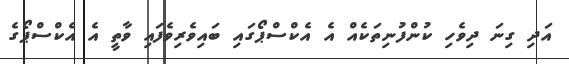
އަދި ގިނަ ދިވެހި ކުންފުނިތަކެއް އެ އެކްސްޕޯގައި ބައިވެރިވެފައި ވާތީ އެ އެކްސްޕޯގެ